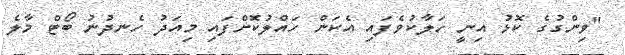
"ވިންގުގެ ކޮޅު އިނީ ހަލާކުވެފައި އެކަން ހައްލުކޮށްފައި މިއަދު ހެނދުނު ބޯޓް މާލެ